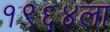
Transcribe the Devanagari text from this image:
१९६४ला